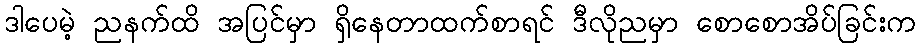
ဒါပေမဲ့ ညနက်ထိ အပြင်မှာ ရှိနေတာထက်စာရင် ဒီလိုညမှာ စောစောအိပ်ခြင်းက